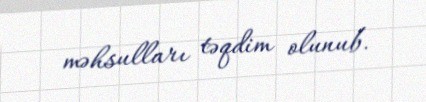
məhsulları təqdim olunub.